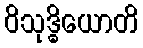
ဝိသုဒ္ဓိယောတိ